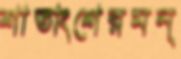
শাতাংশেরমন্